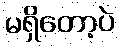
မရှိတော့ပဲ